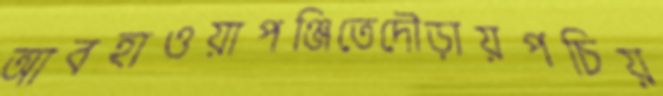
আবহাওয়াপঞ্জিতেদৌড়ায়পচিয়